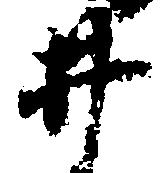
井